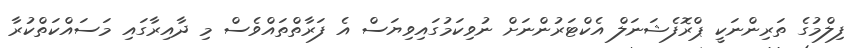
ފިލްމުގެ ތަރިންނަކީ ޕްރޮފެޝަނަލް އެކްޓަރުންނަށް ނުވިކަމުގައިވިޔަސް އެ ފަރާތްތައްވެސް މި ދާއިރާގައި މަސައްކަތްކުރާ